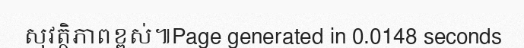
សុវត្ថិភាពខ្ពស់៕Page generated in 0.0148 seconds